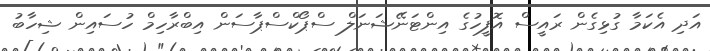
އަދި އެކަމާ ގުޅިގެން ރައީސް އޮފީހުގެ އިންޓަނޭޝަނަލް ސްޕޯކްސްޕާސަން އިބްރާހިމް ހުސައިން ޝިހާބު